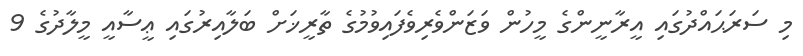
މި ސަރަޙައްދުގައި އީރާނީންގެ މީހުން ވަޒަންވެރިވެފައިވުމުގެ ތާރީޚަށް ބަލާއިރުގައި ޢީސާއީ މީލާދުގެ 9